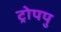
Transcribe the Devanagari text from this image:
ट्रोपपु